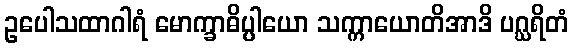
ဥပေါသထာဂါရံ မောက္ခာဓိပ္ပါယော သက္ကာယောတိအာဒိ ပဂ္ဃရိတံ